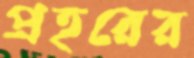
প্রহরের